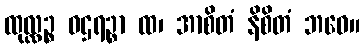
ထုလ္လဉ္စ ဝဌရဉ္စာ ထ၊ အာစိတံ နိစိတံ ဘဝေ။